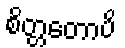
စိတ္တတောပိ